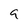
Character: 9